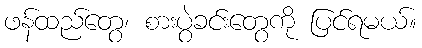
ဖန်ထည်တွေ၊ စားပွဲခင်းတွေကို ပြင်ရမယ်။